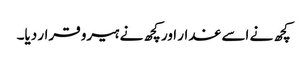
کچھ نے اسے غدار اور کچھ نے ہیرو قرار دیا۔